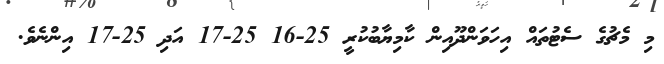
މި މެޗުގެ ސެޓުތައް އިހަވަންދޫއިން ކާމިޔާބުކުރީ 25-16 25-17 އަދި 25-17 އިންނެވެ.